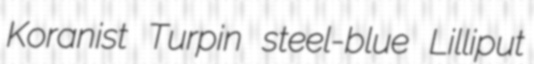
Koranist Turpin steel-blue Lilliput